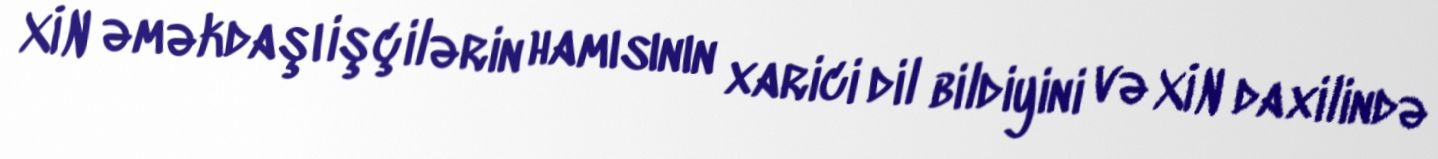
XİN əməkdaşı işçilərin hamısının xarici dil bildiyini və XİN daxilində